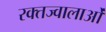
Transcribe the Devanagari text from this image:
रक्तज्वालाओं